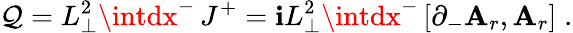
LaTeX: \mathcal{Q}=L_{\perp}^{2}\intdx^{-}\, J^{+}=\mathbf{i}L_{\perp}^{2}\intdx^{-}\left[\partial_{-}\mathbf{A}_{r},\mathbf{A}_{r}\right]\; .